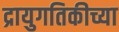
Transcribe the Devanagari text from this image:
द्रायुगतिकीच्या